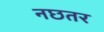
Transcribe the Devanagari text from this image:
नछतर